Document type: Sale
Year: 1354
Scribe: Bernat de Torre
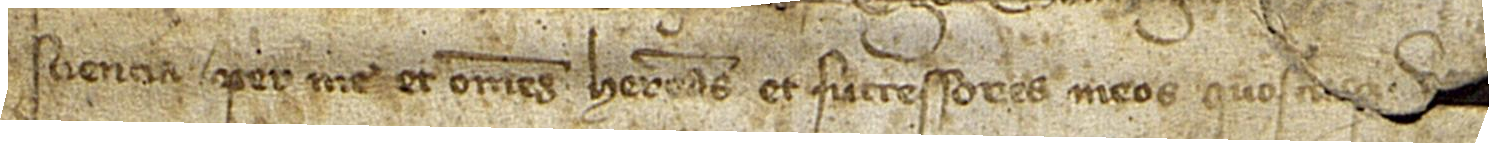
sciencia per me et omnes heredes et successores meos quoscumque